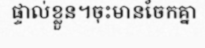
ផ្ទាល់ខ្លួន។ចុះមានចែកគ្នា